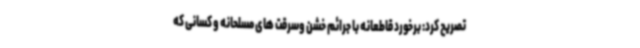
تصریح کرد: برخورد قاطعانه با جرائم خشن وسرقت های مسلحانه و کسانی که